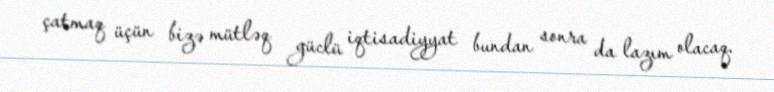
çatmaq üçün bizə mütləq güclü iqtisadiyyat bundan sonra da lazım olacaq.